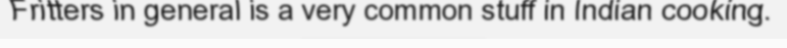
Fritters in general is a very common stuff in Indian cooking.